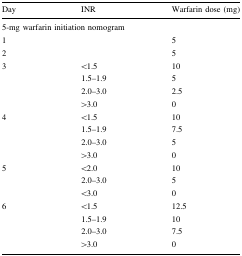
| Day | INR | Warfarin dose (mg) |
 | --- | --- | --- |
 | <COLSPAN=3> 5-mg warfarin initiation nomogram |
 | 1 |  | 5 |
 | 2 |  | 5 |
 | 3 | <1.5 | 10 |
 |  | 1.5–1.9 | 5 |
 |  | 2.0–3.0 | 2.5 |
 |  | >3.0 | 0 |
 | 4 | <1.5 | 10 |
 |  | 1.5–1.9 | 7.5 |
 |  | 2.0–3.0 | 5 |
 |  | >3.0 | 0 |
 | 5 | <2.0 | 10 |
 |  | 2.0–3.0 | 5 |
 |  | <3.0 | 0 |
 | 6 | <1.5 | 12.5 |
 |  | 1.5–1.9 | 10 |
 |  | 2.0–3.0 | 7.5 |
 |  | >3.0 | 0 |